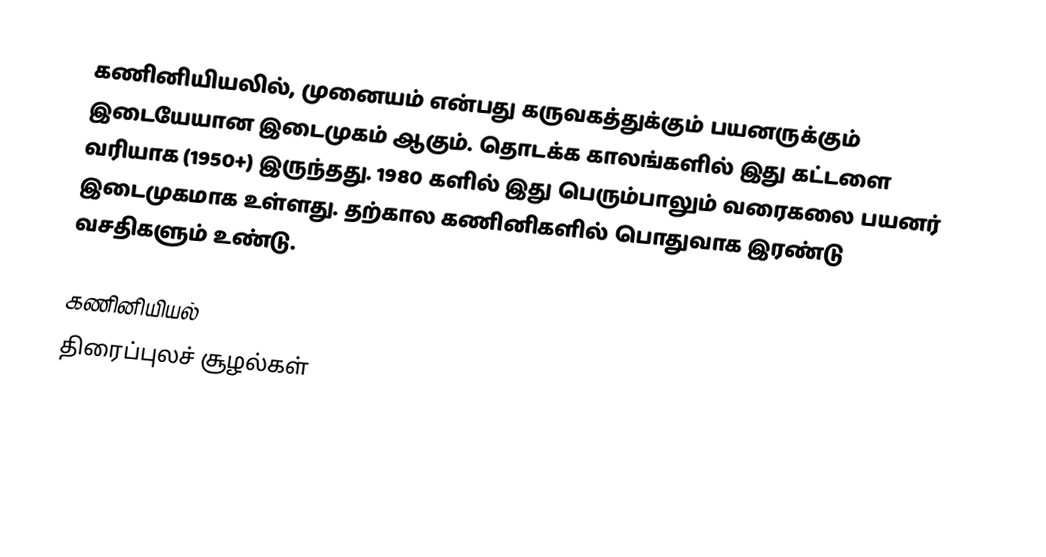
கணினியியலில், முனையம் என்பது கருவகத்துக்கும் பயனருக்கும் இடையேயான இடைமுகம் ஆகும். தொடக்க காலங்களில் இது கட்டளை வரியாக (1950+) இருந்தது.  1980 களில் இது பெரும்பாலும் வரைகலை பயனர் இடைமுகமாக உள்ளது.  தற்கால கணினிகளில் பொதுவாக இரண்டு வசதிகளும் உண்டு.

கணினியியல்
திரைப்புலச் சூழல்கள்